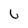
Character: u